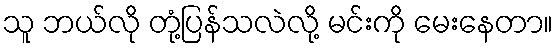
သူ ဘယ်လို တုံ့ပြန်သလဲလို့ မင်းကို မေးနေတာ။